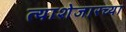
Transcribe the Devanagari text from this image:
त्याशेजारच्या